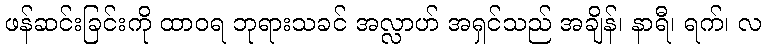
ဖန်ဆင်းခြင်းကို ထာဝရ ဘုရားသခင် အလ္လာဟ် အရှင်သည် အချိန်၊ နာရီ၊ ရက်၊ လ